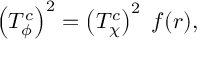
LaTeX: \left( T _ { \phi } ^ { c } \right) ^ { 2 } = \left( T _ { \chi } ^ { c } \right) ^ { 2 } \; f ( r ) ,